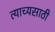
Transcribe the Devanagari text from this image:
त्याच्यसाठी